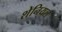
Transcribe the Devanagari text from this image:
शेनियल